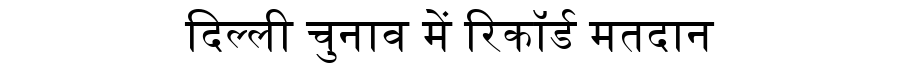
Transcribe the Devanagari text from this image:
दिल्ली चुनाव में रिकॉर्ड मतदान